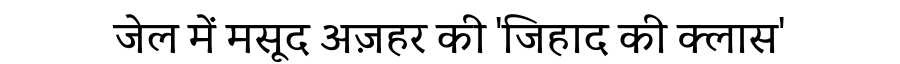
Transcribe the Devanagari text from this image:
जेल में मसूद अज़हर की 'जिहाद की क्लास'